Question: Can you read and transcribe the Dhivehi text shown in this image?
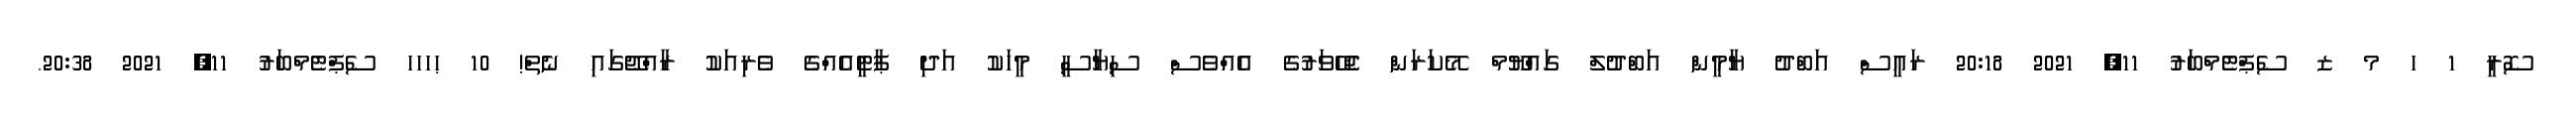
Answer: ސޮރީ 1 ހ މ ޒ ސެޕްޓެމްބަރު 11, 2021 20:18 ރައީސް އަބްދު ޔާމީން އަބްދުލް ގައްޔޫމް މޭކަރަން ޖެހޭވަރުގެ އެއްވެސް ސިޔާސީ މީހަކު އަދި ޕާޓީއެއްގެ ވެރިއަކު ރާއްޖޭގައި ނެތް! 10 ޙހހހ ސެޕްޓެމްބަރު 11, 2021 20:38.